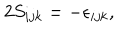
2 S _ { i j k } = - \epsilon _ { i j k } ,